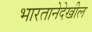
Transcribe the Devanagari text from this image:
भारतानेदेखील